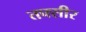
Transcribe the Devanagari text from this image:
तफ्सीर